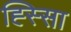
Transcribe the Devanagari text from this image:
ह्स्सिा